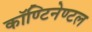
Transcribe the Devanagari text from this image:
कॉण्टिनेण्टल